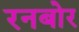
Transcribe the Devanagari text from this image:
रनबोर